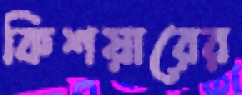
কিশয়ারের